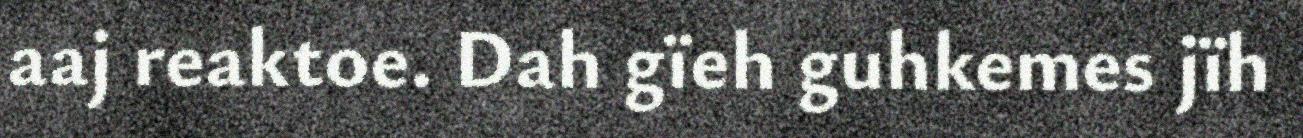
aaj reaktoe. Dah gïeh guhkemes jïh